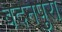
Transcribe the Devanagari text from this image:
बदनपुरा